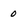
Character: 0